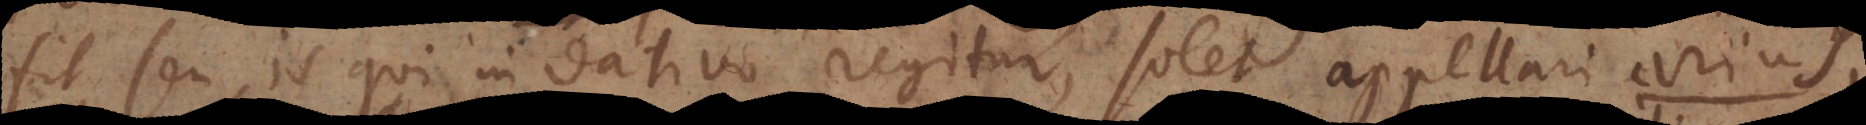
fit seu is qui in dativo regitur, solet appellari arius,